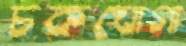
চকঘোগা